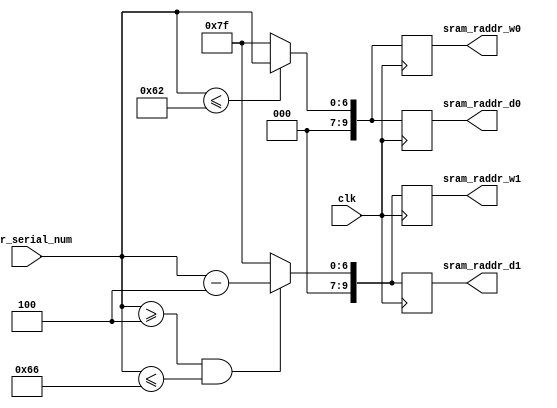
//////////////////////////////////////////////////////////////////////////////////
// Orgnization: NICSEFC
// Engineer: 
// 
// Module Name: addr_sel
// Description: select the address for 32 queue, each queue size 32 + 32 - 1
// 
// Version 0.1: File created.
// 
//////////////////////////////////////////////////////////////////////////////////

module addr_sel (
    input 				 clk,
    input [7 -1:0] 	 	 addr_serial_num, // max = 126, setting all of the addr127 = 0
    // sel for w0~w7
    output reg [10 -1:0] sram_raddr_w0, // queue 0~3
    output reg [10 -1:0] sram_raddr_w1, // queue 4~7
    // sel for d0~d7
    output reg [10 -1:0] sram_raddr_d0,
    output reg [10 -1:0] sram_raddr_d1
);

wire [9:0] sram_raddr_w0_nx; // queue 0~3
wire [9:0] sram_raddr_w1_nx; // queue 4~7

// sel for d0~d7
wire [9:0] sram_raddr_d0_nx;
wire [9:0] sram_raddr_d1_nx;

assign sram_raddr_w0_nx = (addr_serial_num <= 98)? { {3{1'd0}} , addr_serial_num}: 127;
assign sram_raddr_w1_nx = (addr_serial_num >= 4 && addr_serial_num <= 102)? { {3{1'd0}} , addr_serial_num - 7'd4}: 127;

assign sram_raddr_d0_nx = (addr_serial_num <= 98)? { {3{1'd0}} , addr_serial_num}: 127;
assign sram_raddr_d1_nx = (addr_serial_num >= 4 && addr_serial_num <= 102)? { {3{1'd0}} , addr_serial_num - 7'd4}: 127;

always @(posedge clk) begin // fit in output flip-flop
    sram_raddr_w0 <= sram_raddr_w0_nx;
    sram_raddr_w1 <= sram_raddr_w1_nx;

    sram_raddr_d0 <= sram_raddr_d0_nx;
    sram_raddr_d1 <= sram_raddr_d1_nx;
end

endmodule